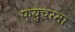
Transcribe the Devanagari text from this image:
फ्युचरमा